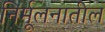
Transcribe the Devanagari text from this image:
निर्मूलनातील